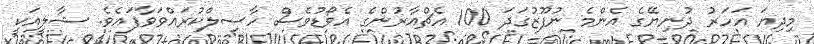
މިދިޔަ އަހަރު ދުނިޔޭގެ އެންމެ ނުފޫޒުގަދަ 100 އެޗްއާރުންގެ އެވޯޑުވެސް ހާސިލްކުރައްވަވާފައެވެ. ޝާލީއަކީ